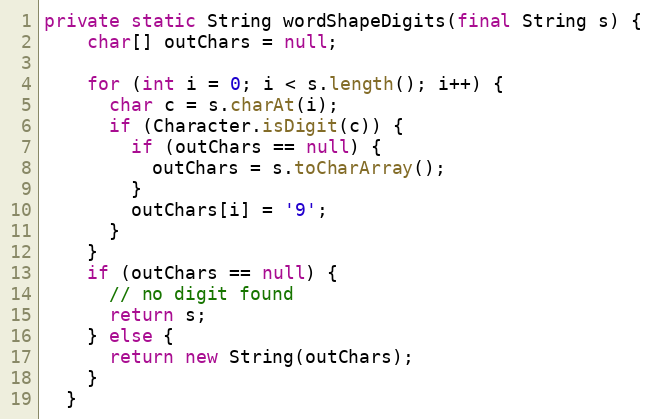
Language: Java
private static String wordShapeDigits(final String s) {
    char[] outChars = null;

    for (int i = 0; i < s.length(); i++) {
      char c = s.charAt(i);
      if (Character.isDigit(c)) {
        if (outChars == null) {
          outChars = s.toCharArray();
        }
        outChars[i] = '9';
      }
    }
    if (outChars == null) {
      // no digit found
      return s;
    } else {
      return new String(outChars);
    }
  }